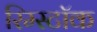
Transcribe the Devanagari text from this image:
रिम्स्टॉक